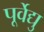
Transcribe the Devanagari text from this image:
पूर्वेद्यु